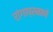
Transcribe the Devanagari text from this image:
रांगाप्रमाणे